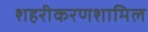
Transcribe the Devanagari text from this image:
शहरीकरणशामिल